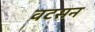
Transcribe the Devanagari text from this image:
वटसन